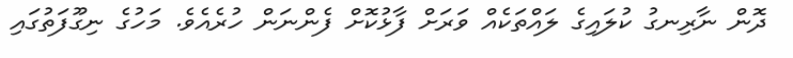
ދޮން ނާރިނގު ކުލައިގެ ލައްތަކެއް ވަރަށް ފާޅުކޮށް ފެންނަން ހުރެއެވެ. މަހުގެ ނިގޫފަތުގައި